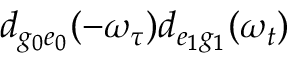
d _ { g _ { 0 } e _ { 0 } } ( - \omega _ { \tau } ) d _ { e _ { 1 } g _ { 1 } } ( \omega _ { t } )